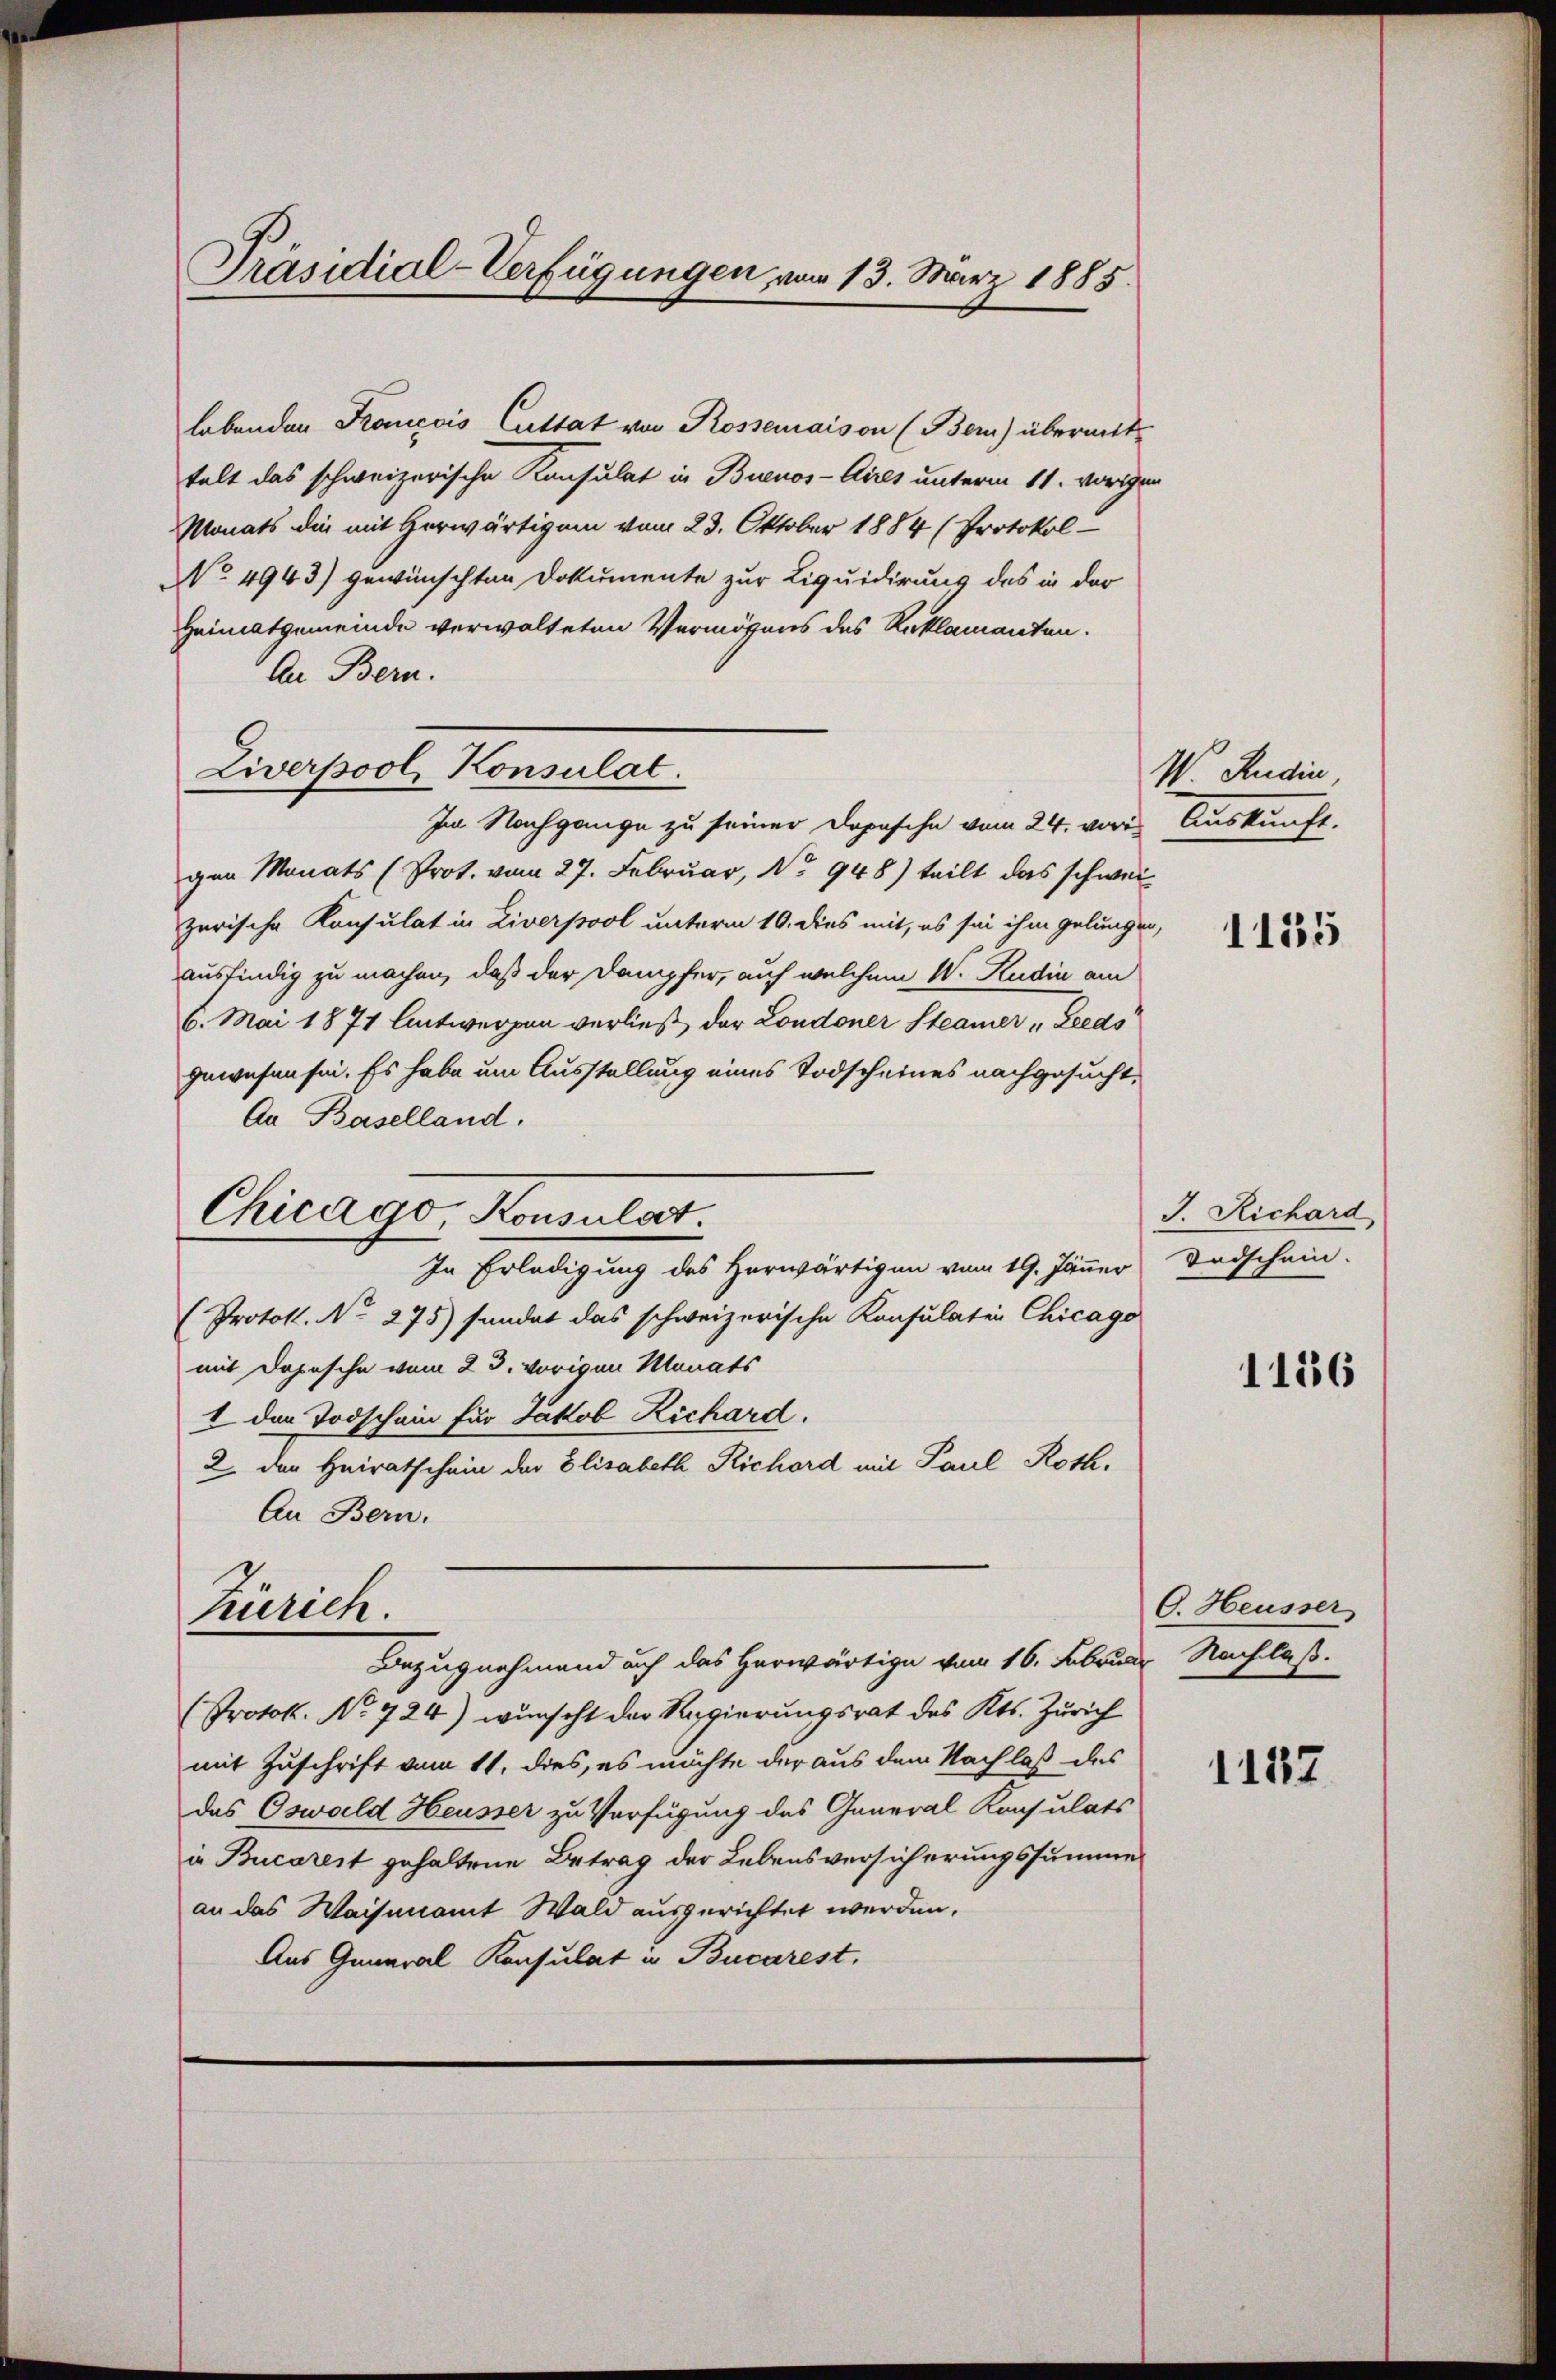
Präsidial-Verfügungen vom 13. März 1885.

labenden Francois Cuttat von Rossemaison (Bern) übermit
talt das schweizerische Konsulat in Buenos-Ayres unterm 11. vorigen
Monats die mit Herwärtigem vom 23. Oktober 1884 (Protokol-
No 4943) gewünschten Dokumente zur Liquidirung des in der
Heimatgemeinde verwalteten Vermögens des Reklamanten.
An Bern.
Im Nachgange zu seiner Dopasche vom 24. vor Auskunft.
gen Monats (Prot. vom 27. Februar, No 948) teilt das schweizerische Konsulat in Liverpool unterm 10. dies mit, es sei ihm gelungen,
ausfindig zu machen, daß der Dampfer, auf welchem W. Rudia am
6. Mai 1871 Antwerpen verließ der Londoner Steamer Lieds
gewesen sei. Es habe um Ausstellung eines Todscheines nachgesucht,
An Baselland.
Chicago, Konsulat.
In Erledigung des Herwärtigen vom 19. Jänner Todschein.
(Protok. No. 275) sandat das schweizerische Konsulaten Chicago
mit Dopische vom 23. vorigen Monats
I den Todschein für Jakob Richard.
2. den Heiratschein der Elisabeth Richord mit Paul Roth,
An Bern,

Ziverpool, Konsulat

Zürich.
Bezugnehmend auch das herwärtige vom 16. Februar Nachlaß.

Protok. No. 724) wunscht der Regierungsrat des Kts. Zürich
mit Zuschrift vom 11. dies, es möchte der aus dem Nachlaß des
das Oswald Heusser zu Verfügung des General Konsulats
in Bucareit gehaltene Betrag der Lebensversicherungssumme
an das Waisenamt Wald ausgerichtet werden,
Aus General Konsulat u. Bucarest,

W. Rudin,

1135

J. Richard

C. Heusser

1157

1156